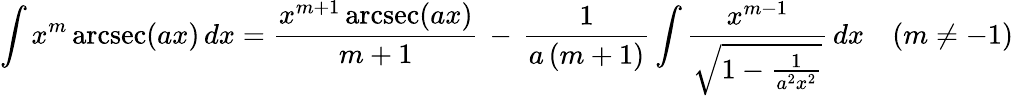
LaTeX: \int x^{m}\operatorname{arcsec}(ax)\, dx={\frac{x^{m+1}\operatorname{arcsec}(ax)}{m+1}}\, -\, {\frac{1}{a\, (m+1)}}\int{\frac{x^{m-1}}{\sqrt{1-{\frac{1}{a^{2}x^{2}}}}}}\, dx\quad(m\neq-1)